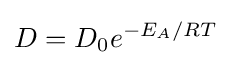
D=D_{0}e^{-E_{A}/RT}